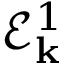
\mathcal { E } _ { \mathbf { k } } ^ { 1 }